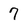
Character: 7